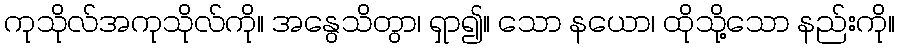
ကုသိုလ်အကုသိုလ်ကို။ အနွေသိတွာ၊ ရှာ၍။ သော နယော၊ ထိုသို့သော နည်းကို။